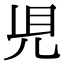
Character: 𧠇